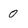
Character: 0